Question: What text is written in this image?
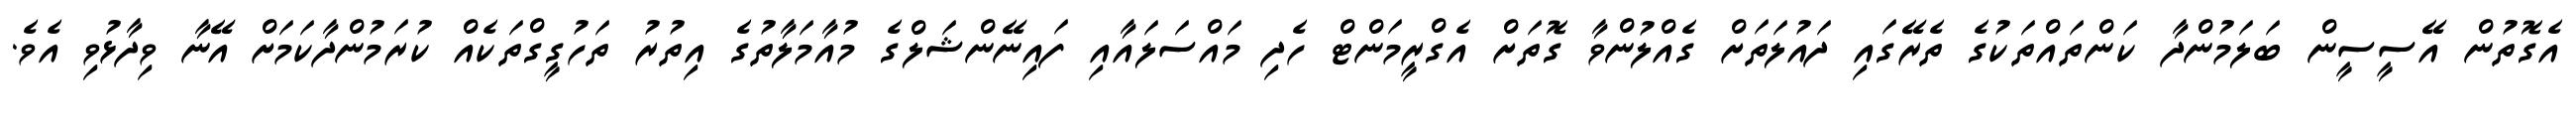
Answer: އެގޮތުން އޭސީސީން ބަލަމުންދާ ކަންތައްތަކުގެ ތެރޭގައި ދައުލަތަށް ގެއްލުންވާ ގޮތަށް އެގްރީމަންޓް ހެދި މައްސަލައާއި ފައިނޭންޝަލްގެ މުއާމަލާތުގެ އިތުރު ތަހުގީގްތަކެއް ކުރަމުންދާކަމަށް އޭނާ ވިދާޅުވި އެވެ.